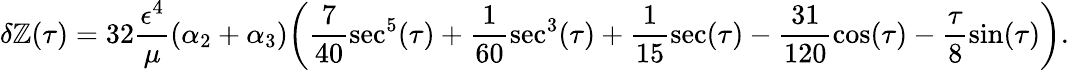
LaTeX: \delta\mathbb{Z}(\tau)=32\frac{{\epsilon^{4}}}{{\mu}}(\alpha_{2}+\alpha_{3})\bigg(\frac{{7}}{{40}}\sec^{5}(\tau)+\frac{1}{{60}}\sec^{3}(\tau)+\frac{1}{{15}}\sec(\tau)-\frac{{31}}{{120}}\cos(\tau)-\frac{{\tau}}{{8}}\sin(\tau)\bigg).